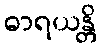
ဓာရယန္တိ